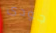
جودى